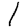
Digit: 1